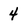
Character: 4